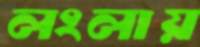
লংলায়